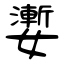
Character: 嬱